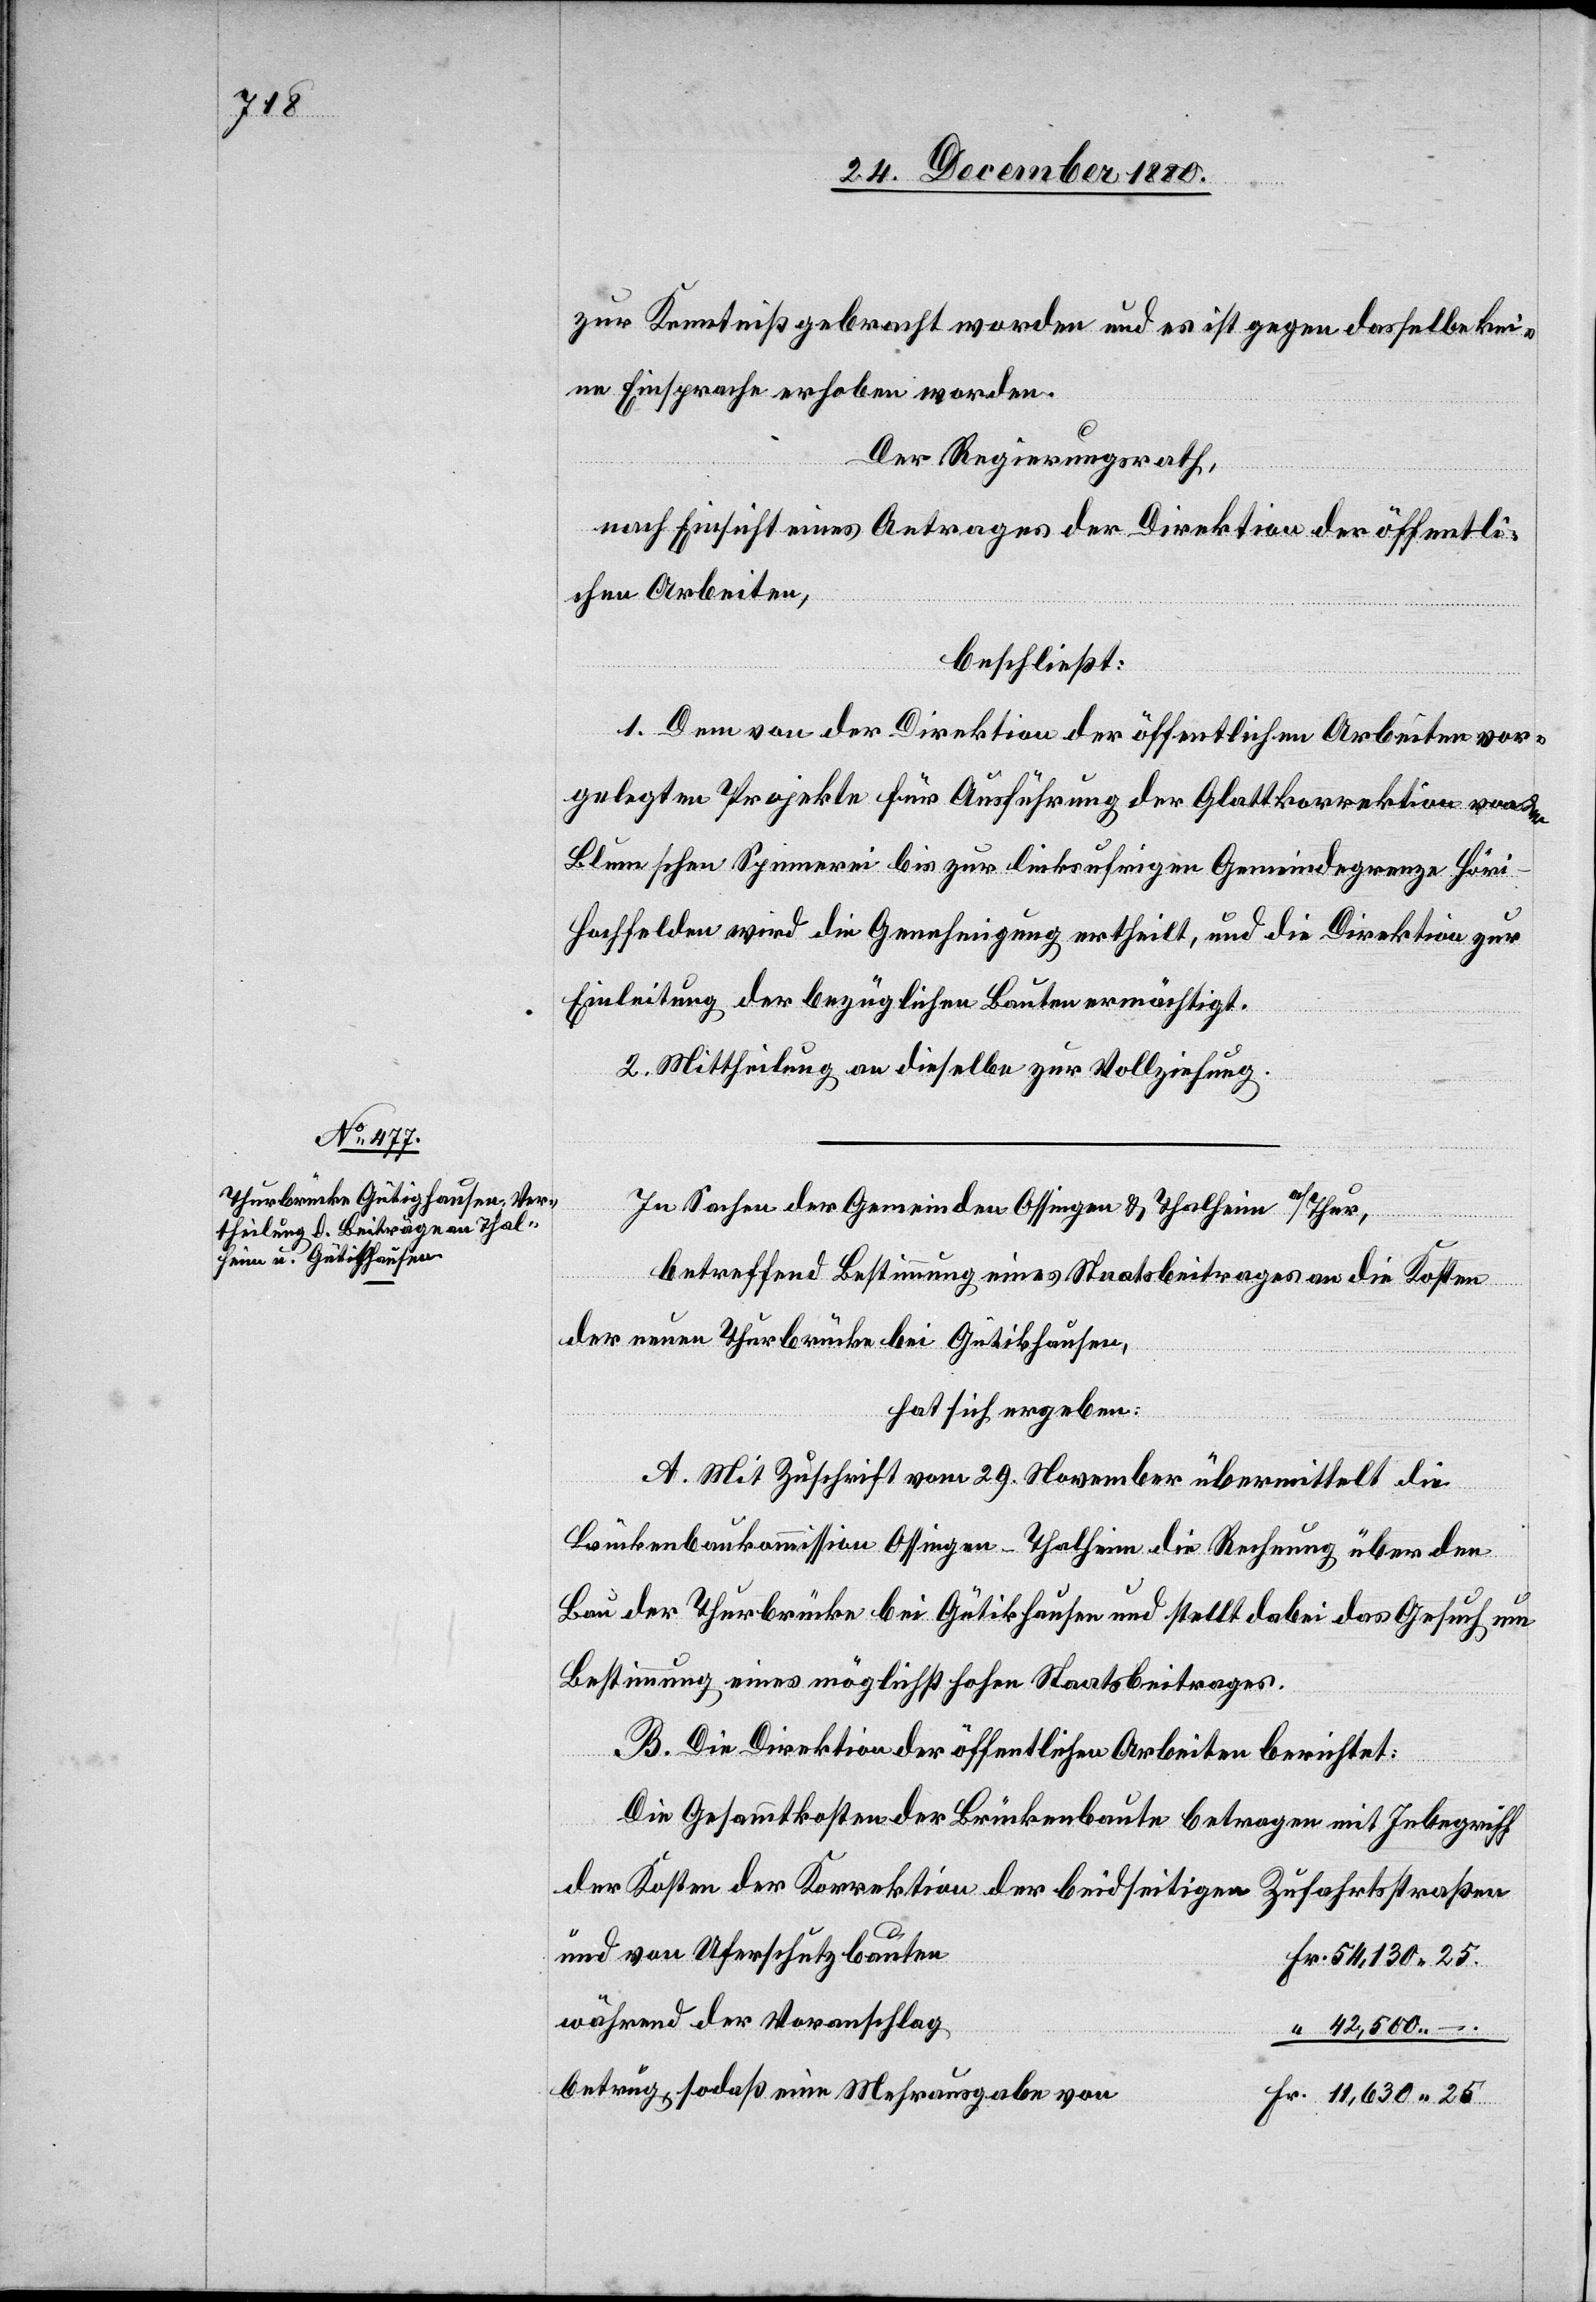
25.

zur Kenntniß gebracht worden und es ist gegen dasselbe kei¬
ne Einsprache erhoben worden.
Der Regierungsrath,
nach Einsicht eines Antrages der Direktion der öffentli¬
chen Arbeiten,
beschließt:
1. Dem von der Direktion der öffentlichen Arbeiten vor¬
gelegten Projekte für Ausführung der Glattkorrektion von der
Blum’schen Spinnerei bis zur linksufrigen Gemeindegrenze Höri–H¬
ochfelden wird die Genehmigung ertheilt, und die Direktion zur
Einleitung der bezüglichen Bauten ermächtigt.
2. Mittheilung an dieselbe zur Vollziehung.
In Sachen der Gemeinden Ossingen & Thalheim a/Thur,
betreffend Bestimmung eines Staatsbeitrages an die Kosten
der neuen Thurbrücke bei Gütikhausen
hat sich ergeben:
A. Mit Zuschrift vom 29. November übermittelt die
Brückenbaukommission Ossingen–Thalheim die Rechnung über den
Bau der Thurbrücke bei Gütikhausen und stellt dabei das Gesuch um
Bestimmung eines möglichst hohen Staatsbeitrages.
B. Die Direktion der öffentlichen Arbeiten berichtet:
Die Gesammtkosten der Brückenbaute betragen mit Inbegriff
der Kosten der Korrektion der beidseitigen Zufahrtsstraßen
und von Uferschutzbauten
während der Voranschlag
42,500
betrug, sodaß eine Mehrausgabe von